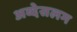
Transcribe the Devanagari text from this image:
अब्देसलम